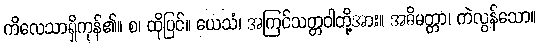
ကိလေသာရှိကုန်၏။ စ၊ ထိုပြင်။ ယေသံ၊ အကြင်သတ္တဝါတို့အား။ အဓိမတ္တာ၊ ကဲလွန်သော။